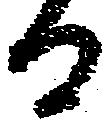
る